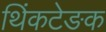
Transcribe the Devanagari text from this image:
थिंकटेङक